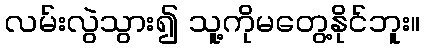
လမ်းလွဲသွား၍ သူ့ကိုမတွေ့နိုင်ဘူး။